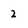
Character: 2